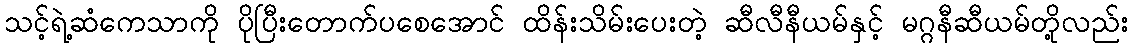
သင့်ရဲ့ဆံကေသာကို ပိုပြီးတောက်ပစေအောင် ထိန်းသိမ်းပေးတဲ့ ဆီလီနီယမ်နှင့် မဂ္ဂနီဆီယမ်တို့လည်း